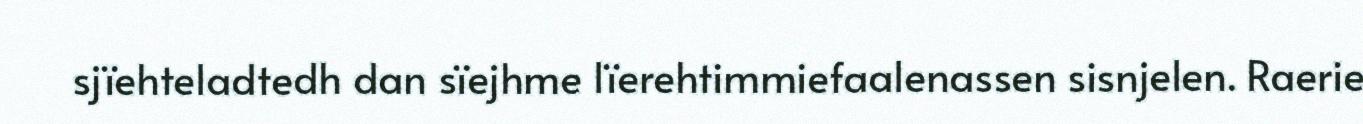
sjïehteladtedh dan sïejhme lïerehtimmiefaalenassen sisnjelen. Raerie